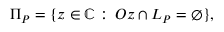
\Pi _ { P } = \{ z \in \mathbb { C } \, \colon \, O z \cap L _ { P } = \varnothing \} ,